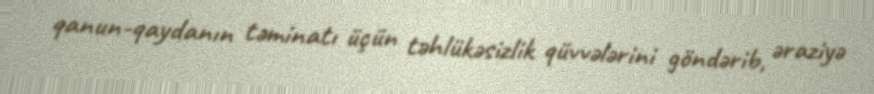
qanun-qaydanın təminatı üçün təhlükəsizlik qüvvələrini göndərib, əraziyə